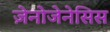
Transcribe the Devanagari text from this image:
ज़ेनोजेनेसिस